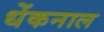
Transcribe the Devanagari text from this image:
धेंकनाल